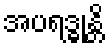
အပရဒ္ဓုန္တိ